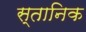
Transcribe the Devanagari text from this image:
स्तानिक